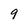
Character: 9